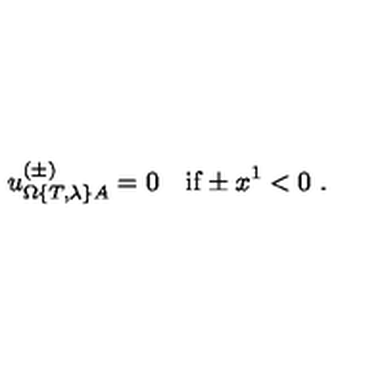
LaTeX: u _ { \Omega \{ T , \lambda \} A } ^ { ( \pm ) } = 0 \quad \mathrm { i f } \pm x ^ { 1 } < 0 \ .